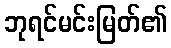
ဘုရင်မင်းမြတ်၏